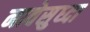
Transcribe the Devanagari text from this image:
नावेसुध्दा